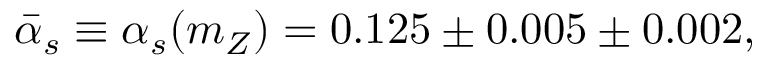
\bar { \alpha } _ { s } \equiv \alpha _ { s } ( m _ { Z } ) = 0 . 1 2 5 \pm 0 . 0 0 5 \pm 0 . 0 0 2 ,